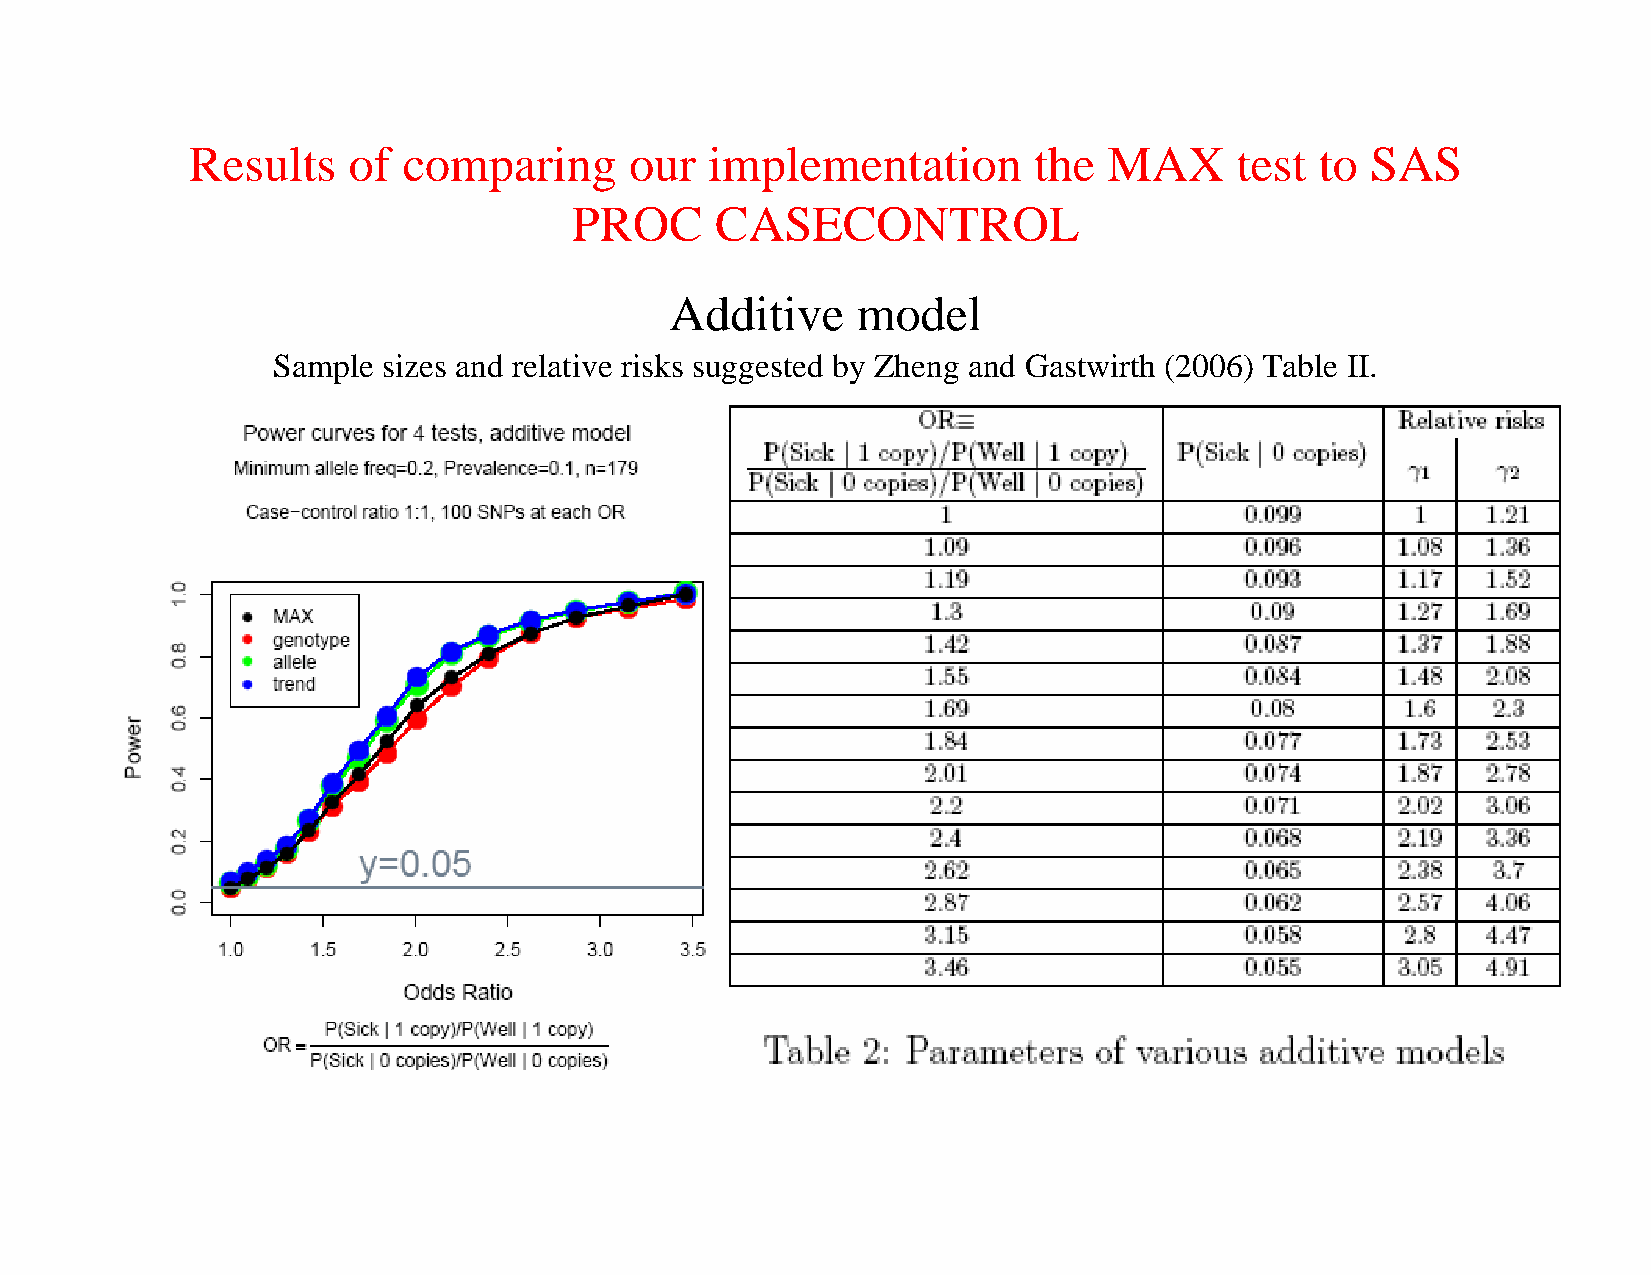
Results    of  comparing      our  implementation       the  MAX      test to  SAS
 PROC     CASECONTROL
 Additive     model
 Sample sizes and relative risks suggested by Zheng and Gastwirth (2006) Table II.